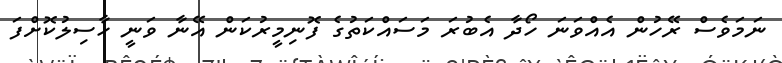
ނަމަވެސް ރޭހުން އެއްވަނަ ހޯދާ އެބުރަ މަސައްކަތުގެ ފޮނިމީރުކަން އޭނާ ވަނީ ހާސިލުކޮށްފަ